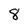
Character: 8